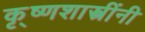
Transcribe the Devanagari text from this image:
कृ्ष्णशास्त्रींनी